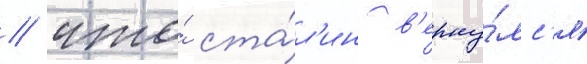
/ что́ ста́л'ин в'ерну́лс'я